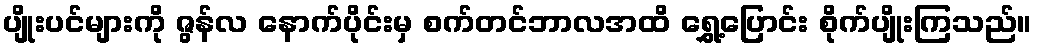
ပျိုးပင်များကို ဇွန်လ နောက်ပိုင်းမှ စက်တင်ဘာလအထိ ရွှေ့ပြောင်း စိုက်ပျိုးကြသည်။